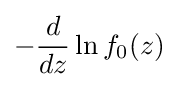
-{\frac {d}{dz}}\ln f_{0}(z)